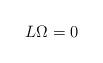
LaTeX: \begin{align*}L \Omega = 0 \end{align*}